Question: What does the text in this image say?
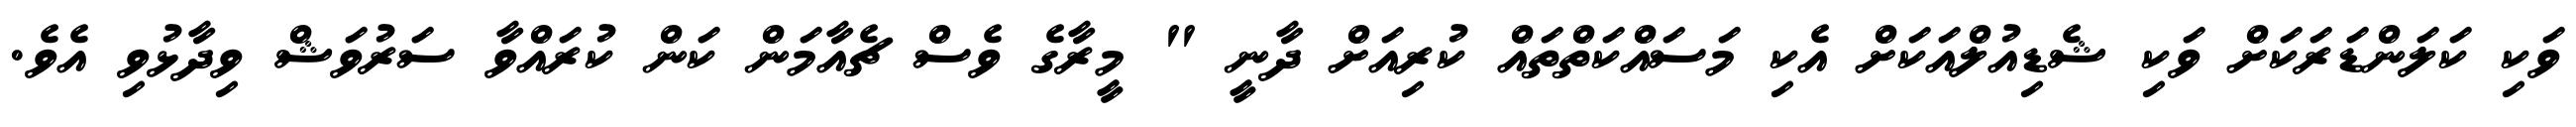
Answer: ވަކި ކަލަންޑަރަކަށް ވަކި ޝެޑިއުލްއަކަށް އެކި މަސައްކަތްތައް ކުރިއަށް ދާނީ " މީރާގެ ވެސް ޗެއާމަން ކަން ކުރައްވާ ސަރުވަޝް ވިދާޅުވި އެވެ.